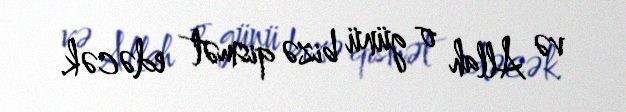
və Allah o günü bizə qismət edəcək.